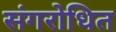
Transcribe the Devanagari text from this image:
संगरोधित